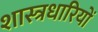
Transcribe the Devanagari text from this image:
शास्त्रधारियों